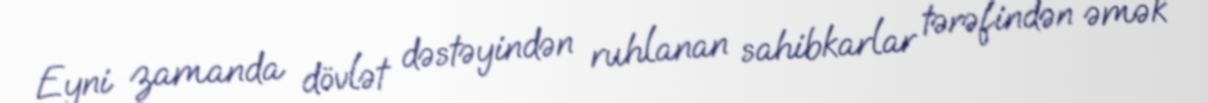
Eyni zamanda dövlət dəstəyindən ruhlanan sahibkarlar tərəfindən əmək